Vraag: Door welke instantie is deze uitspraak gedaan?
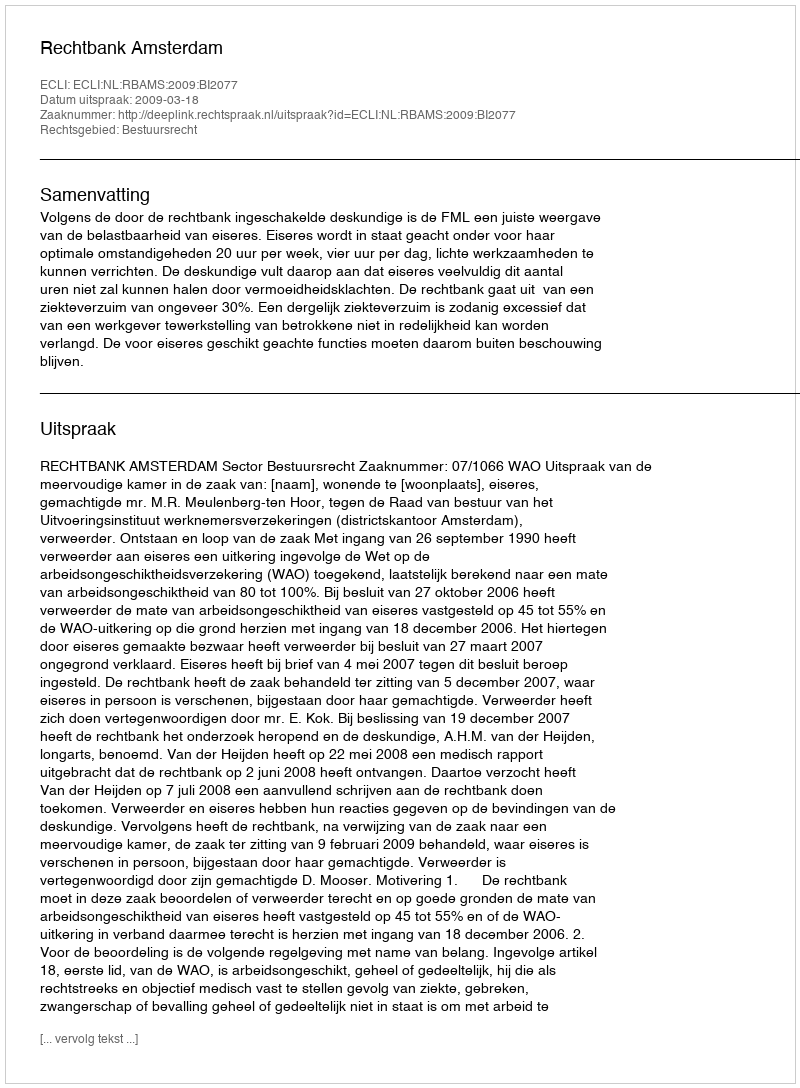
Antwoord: Rechtbank Amsterdam